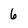
Character: 6